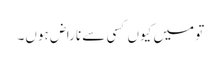
تو میں کیوں کسی سے ناراض ہوں۔